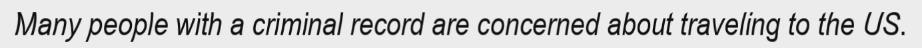
Many people with a criminal record are concerned about traveling to the US.